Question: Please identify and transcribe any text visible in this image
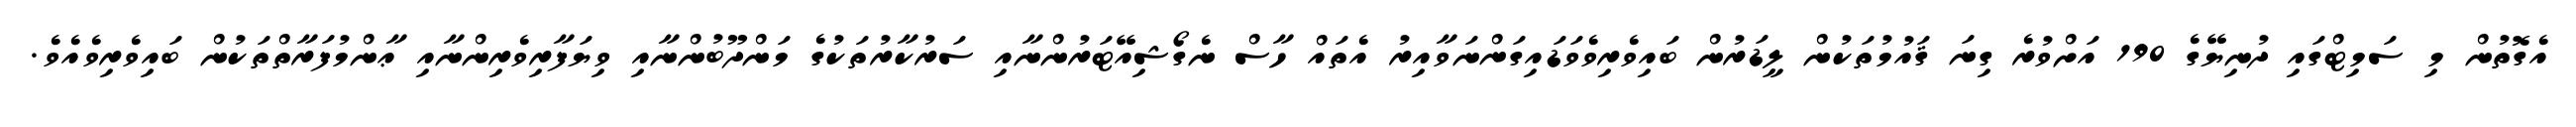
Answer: އެގޮތުން މި ސަމިޓްގައި ދުނިޔޭގެ 190 އަށްވުރެ ގިނަ ޤައުމުތަކުން ލީޑަރުން ބައިވެރިވެވަޑައިގަންނަވާއިރު އެތައް ހާސް ނެގޯޝިއޭޓަރުންނާއި ސަރުކާރުތަކުގެ މަންދޫބުންނާއި ވިޔަފާރިވެރިންނާއި ޢާންމުފަރާތްތަކުން ބައިވެރިވެއެވެ.